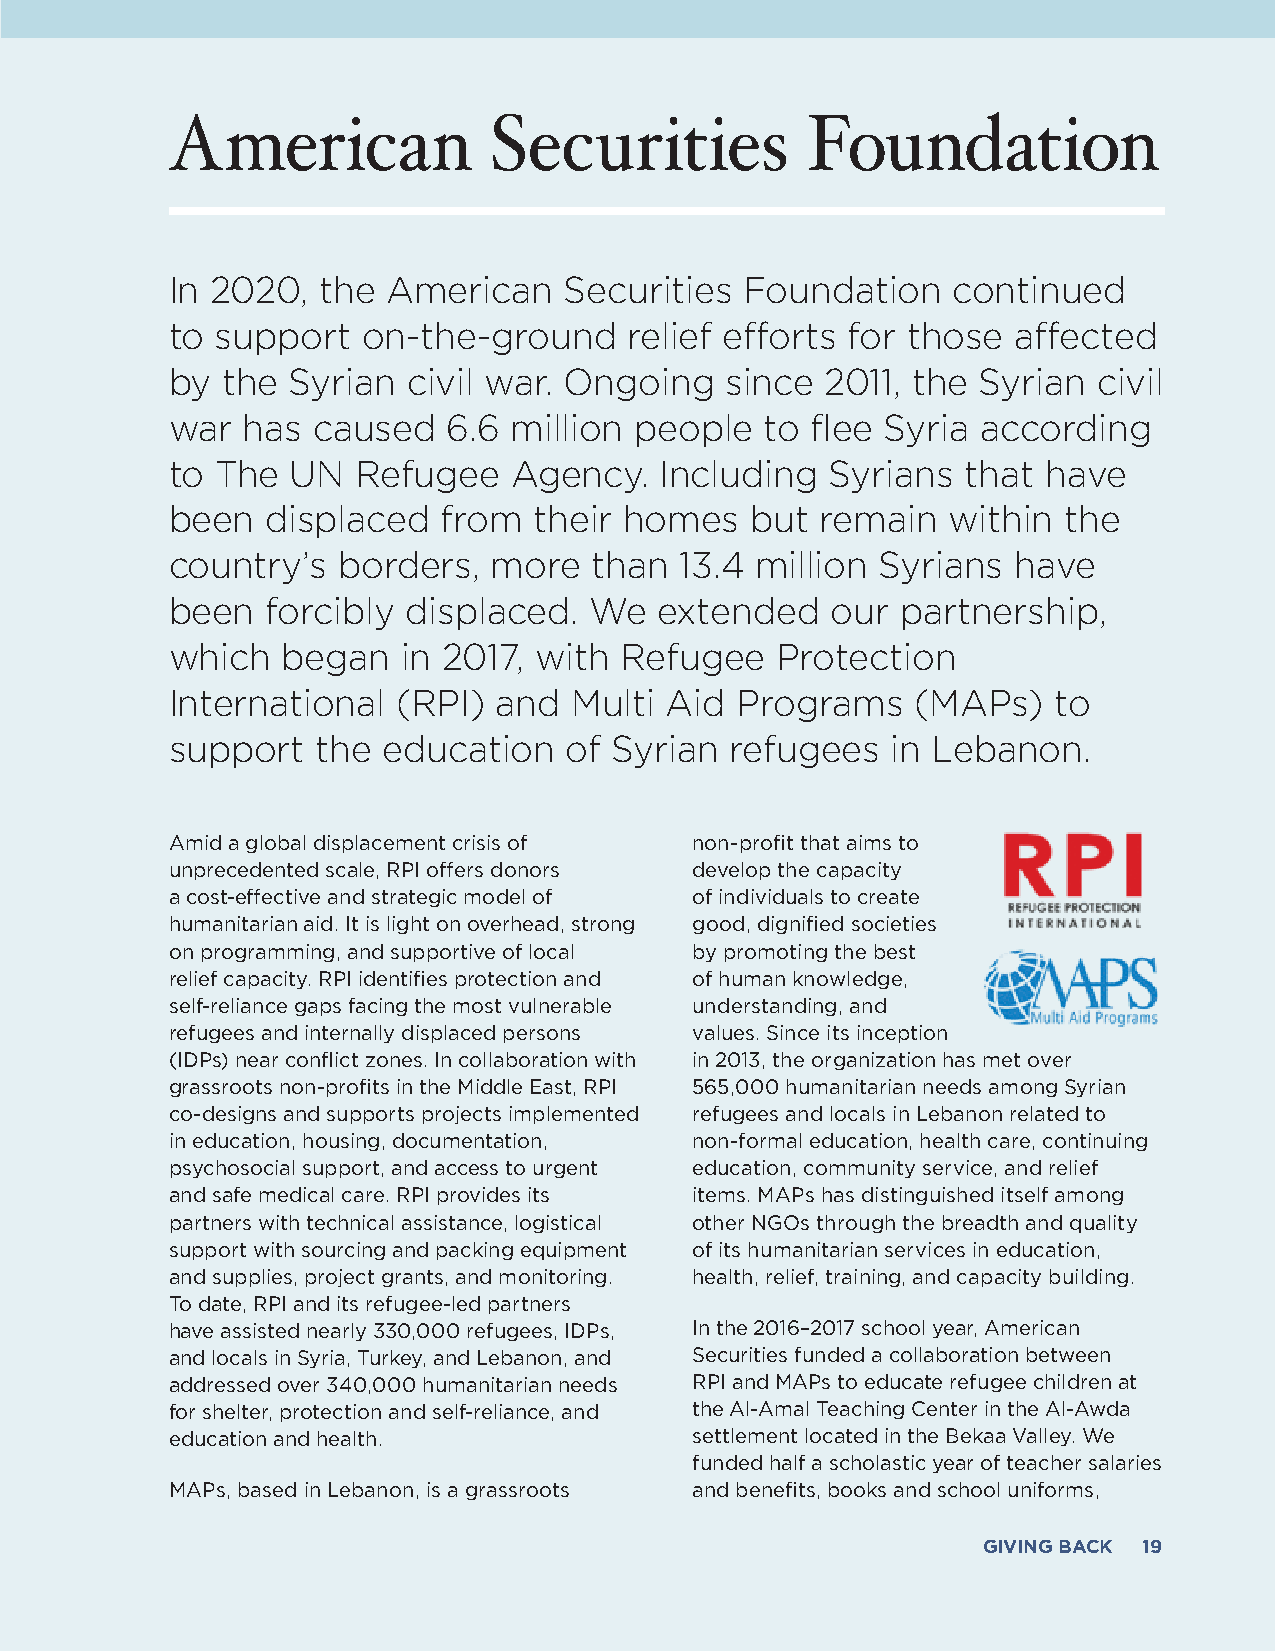
American             Securities           Foundation
 In 2020,  the  American   Securities  Foundation    continued
 to support   on-the-ground     relief efforts for those affected
 by  the Syrian  civil war. Ongoing   since  2011, the Syrian  civil
 war  has  caused   6.6 million people   to flee Syria according
 to The  UN   Refugee   Agency.   Including  Syrians  that have
 been   displaced  from  their homes    but remain   within the
 country’s  borders,   more  than  13.4 million Syrians  have
 been   forcibly displaced.  We   extended   our  partnership,
 which   began   in 2017, with Refugee   Protection
 International  (RPI)  and  Multi Aid  Programs    (MAPs)   to
 support   the education   of  Syrian refugees   in Lebanon.
 Amid a global displacement crisis of non-profit that aims to
 unprecedented scale, RPI offers donors develop the capacity
 a cost-effective and strategic model of of individuals to create
 humanitarian aid. It is light on overhead, strong good, dignified societies
 on programming, and supportive of local by promoting the best
 relief capacity. RPI identifies protection and of human knowledge,
 self-reliance gaps facing the most vulnerable understanding, and
 refugees and internally displaced persons values. Since its inception
 (IDPs) near conflict zones. In collaboration with in 2013, the organization has met over
 grassroots non-profits in the Middle East, RPI 565,000 humanitarian needs among Syrian
 co-designs and supports projects implemented refugees and locals in Lebanon related to
 in education, housing, documentation, non-formal education, health care, continuing
 psychosocial support, and access to urgent education, community service, and relief
 and safe medical care. RPI provides its items. MAPs has distinguished itself among
 partners with technical assistance, logistical other NGOs through the breadth and quality
 support with sourcing and packing equipment of its humanitarian services in education,
 and supplies, project grants, and monitoring. health, relief, training, and capacity building.
 To date, RPI and its refugee-led partners
 have assisted nearly 330,000 refugees, IDPs, In the 2016–2017 school year, American
 and locals in Syria, Turkey, and Lebanon, and Securities funded a collaboration between
 addressed over 340,000 humanitarian needs RPI and MAPs to educate refugee children at
 for shelter, protection and self-reliance, and the Al-Amal Teaching Center in the Al-Awda
 education and health.              settlement located in the Bekaa Valley. We
 funded half a scholastic year of teacher salaries
 MAPs, based in Lebanon, is a grassroots and benefits, books and school uniforms,
 GIVING BACK 19